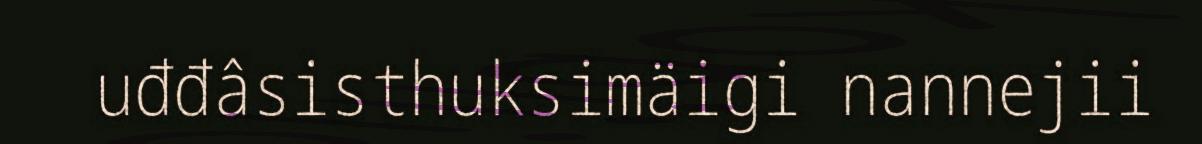
uđđâsisthuksimäigi nannejii